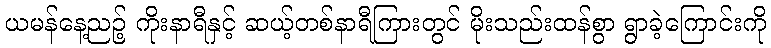
ယမန်နေ့ညဉ့် ကိုးနာရီနှင့် ဆယ့်တစ်နာရီကြားတွင် မိုးသည်းထန်စွာ ရွာခဲ့ကြောင်းကို